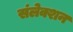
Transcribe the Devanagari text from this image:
संलेक्शन